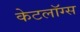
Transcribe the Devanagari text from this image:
केटलॉग्स